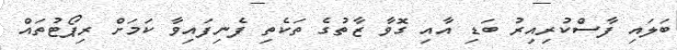
ބަލައި ފާސްކުރިއިރު ބަޑި އާއި ގޮވާ ޒާތުގެ ތަކެތި ފެނިފައިވާ ކަމަށް ރިޕޯޓުތައް